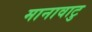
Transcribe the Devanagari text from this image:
मानावाटु